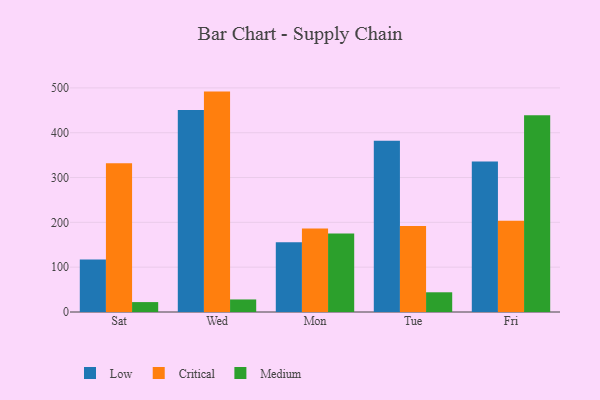
{"axis": {"x": "Day", "y": "Budget (USD K)"}, "legend": ["Critical", "Low", "Medium"], "data": [{"x": "Sat", "y": 117.3, "type": "Low"}, {"x": "Sat", "y": 331.9, "type": "Critical"}, {"x": "Sat", "y": 22.1, "type": "Medium"}, {"x": "Wed", "y": 450.7, "type": "Low"}, {"x": "Wed", "y": 491.7, "type": "Critical"}, {"x": "Wed", "y": 28.0, "type": "Medium"}, {"x": "Mon", "y": 155.6, "type": "Low"}, {"x": "Mon", "y": 186.2, "type": "Critical"}, {"x": "Mon", "y": 175.0, "type": "Medium"}, {"x": "Tue", "y": 382.2, "type": "Low"}, {"x": "Tue", "y": 192.0, "type": "Critical"}, {"x": "Tue", "y": 44.0, "type": "Medium"}, {"x": "Fri", "y": 336.0, "type": "Low"}, {"x": "Fri", "y": 203.6, "type": "Critical"}, {"x": "Fri", "y": 438.8, "type": "Medium"}]}